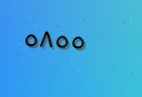
٥٨٥٥